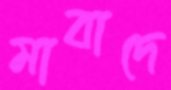
মাবাদে